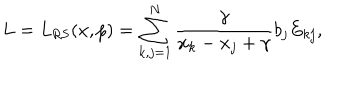
LaTeX: L = L _ { \mathrm { R S } } ( x , p ) = \sum _ { k , j = 1 } ^ { N } \frac { \gamma } { x _ { k } - x _ { j } + \gamma } b _ { j } E _ { k j } ,